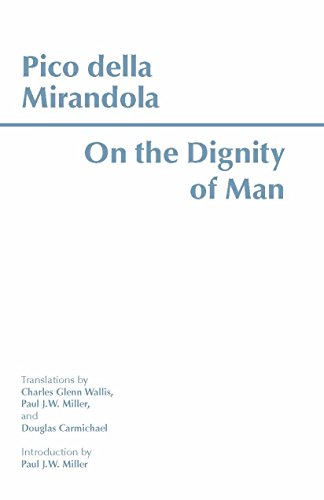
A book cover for On the Dignity of Man (Hackett Classics); Giovanni Pico della Mirandola; Politics & Social Sciences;